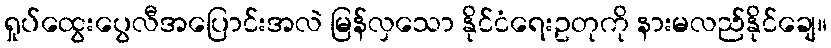
ရှုပ်ထွေးပွေလီအပြောင်းအလဲ မြန်လှသော နိုင်ငံရေးဥတုကို နားမလည်နိုင်ချေ။